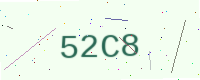
Text: 52C8